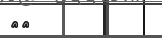
٤٣